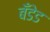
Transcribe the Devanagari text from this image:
बँडेड